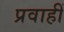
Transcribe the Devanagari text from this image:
प्रवाहीं